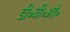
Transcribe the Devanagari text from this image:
डी॰बी॰ओ॰